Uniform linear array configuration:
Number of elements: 32
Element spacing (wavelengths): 0.75
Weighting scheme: hann
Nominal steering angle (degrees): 45
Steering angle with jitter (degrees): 46.9
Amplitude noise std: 0.05
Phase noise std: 0.05

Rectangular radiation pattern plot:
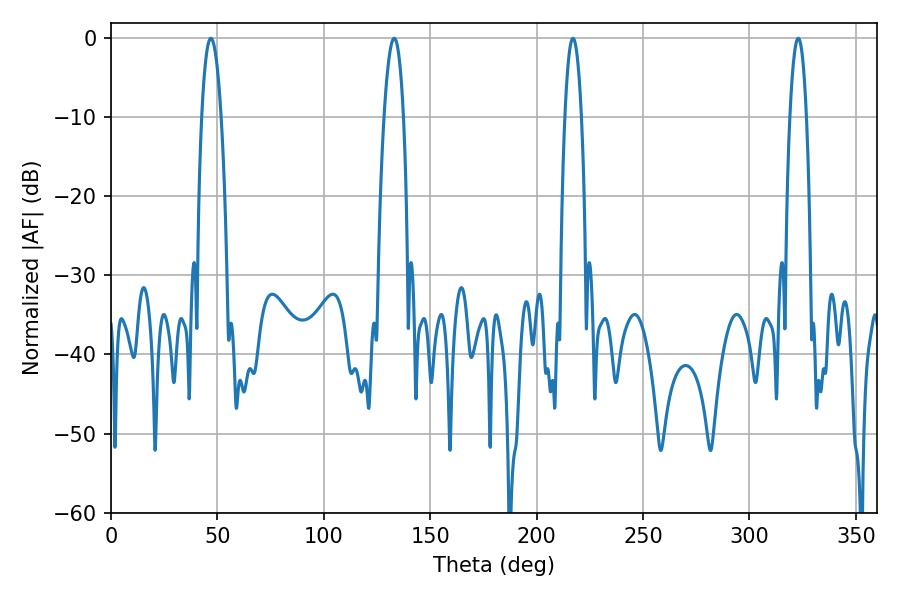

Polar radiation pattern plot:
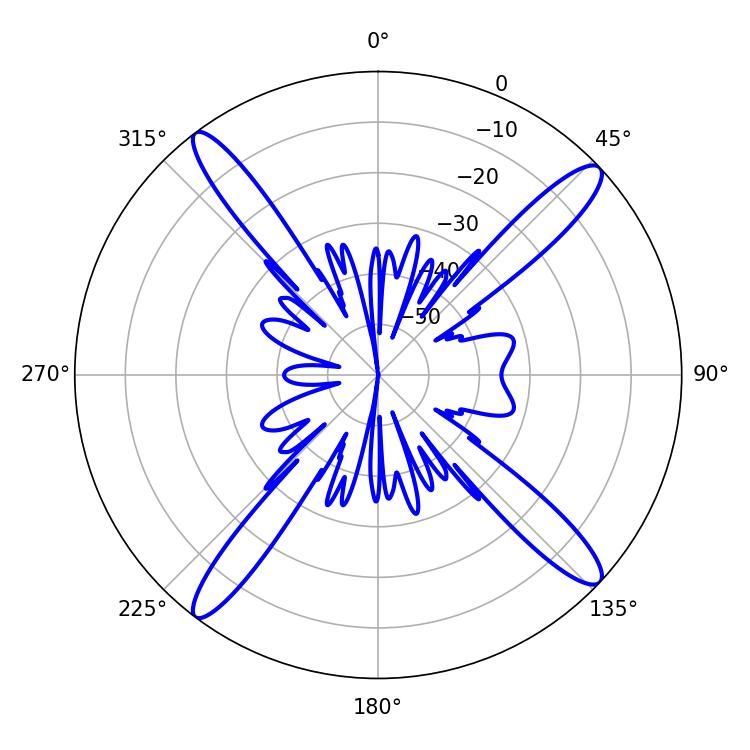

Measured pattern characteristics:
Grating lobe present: TRUE
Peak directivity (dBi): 16.838
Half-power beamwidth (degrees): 4.32
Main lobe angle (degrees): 217.08